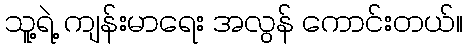
သူ့ရဲ့ ကျန်းမာရေး အလွန် ကောင်းတယ်။